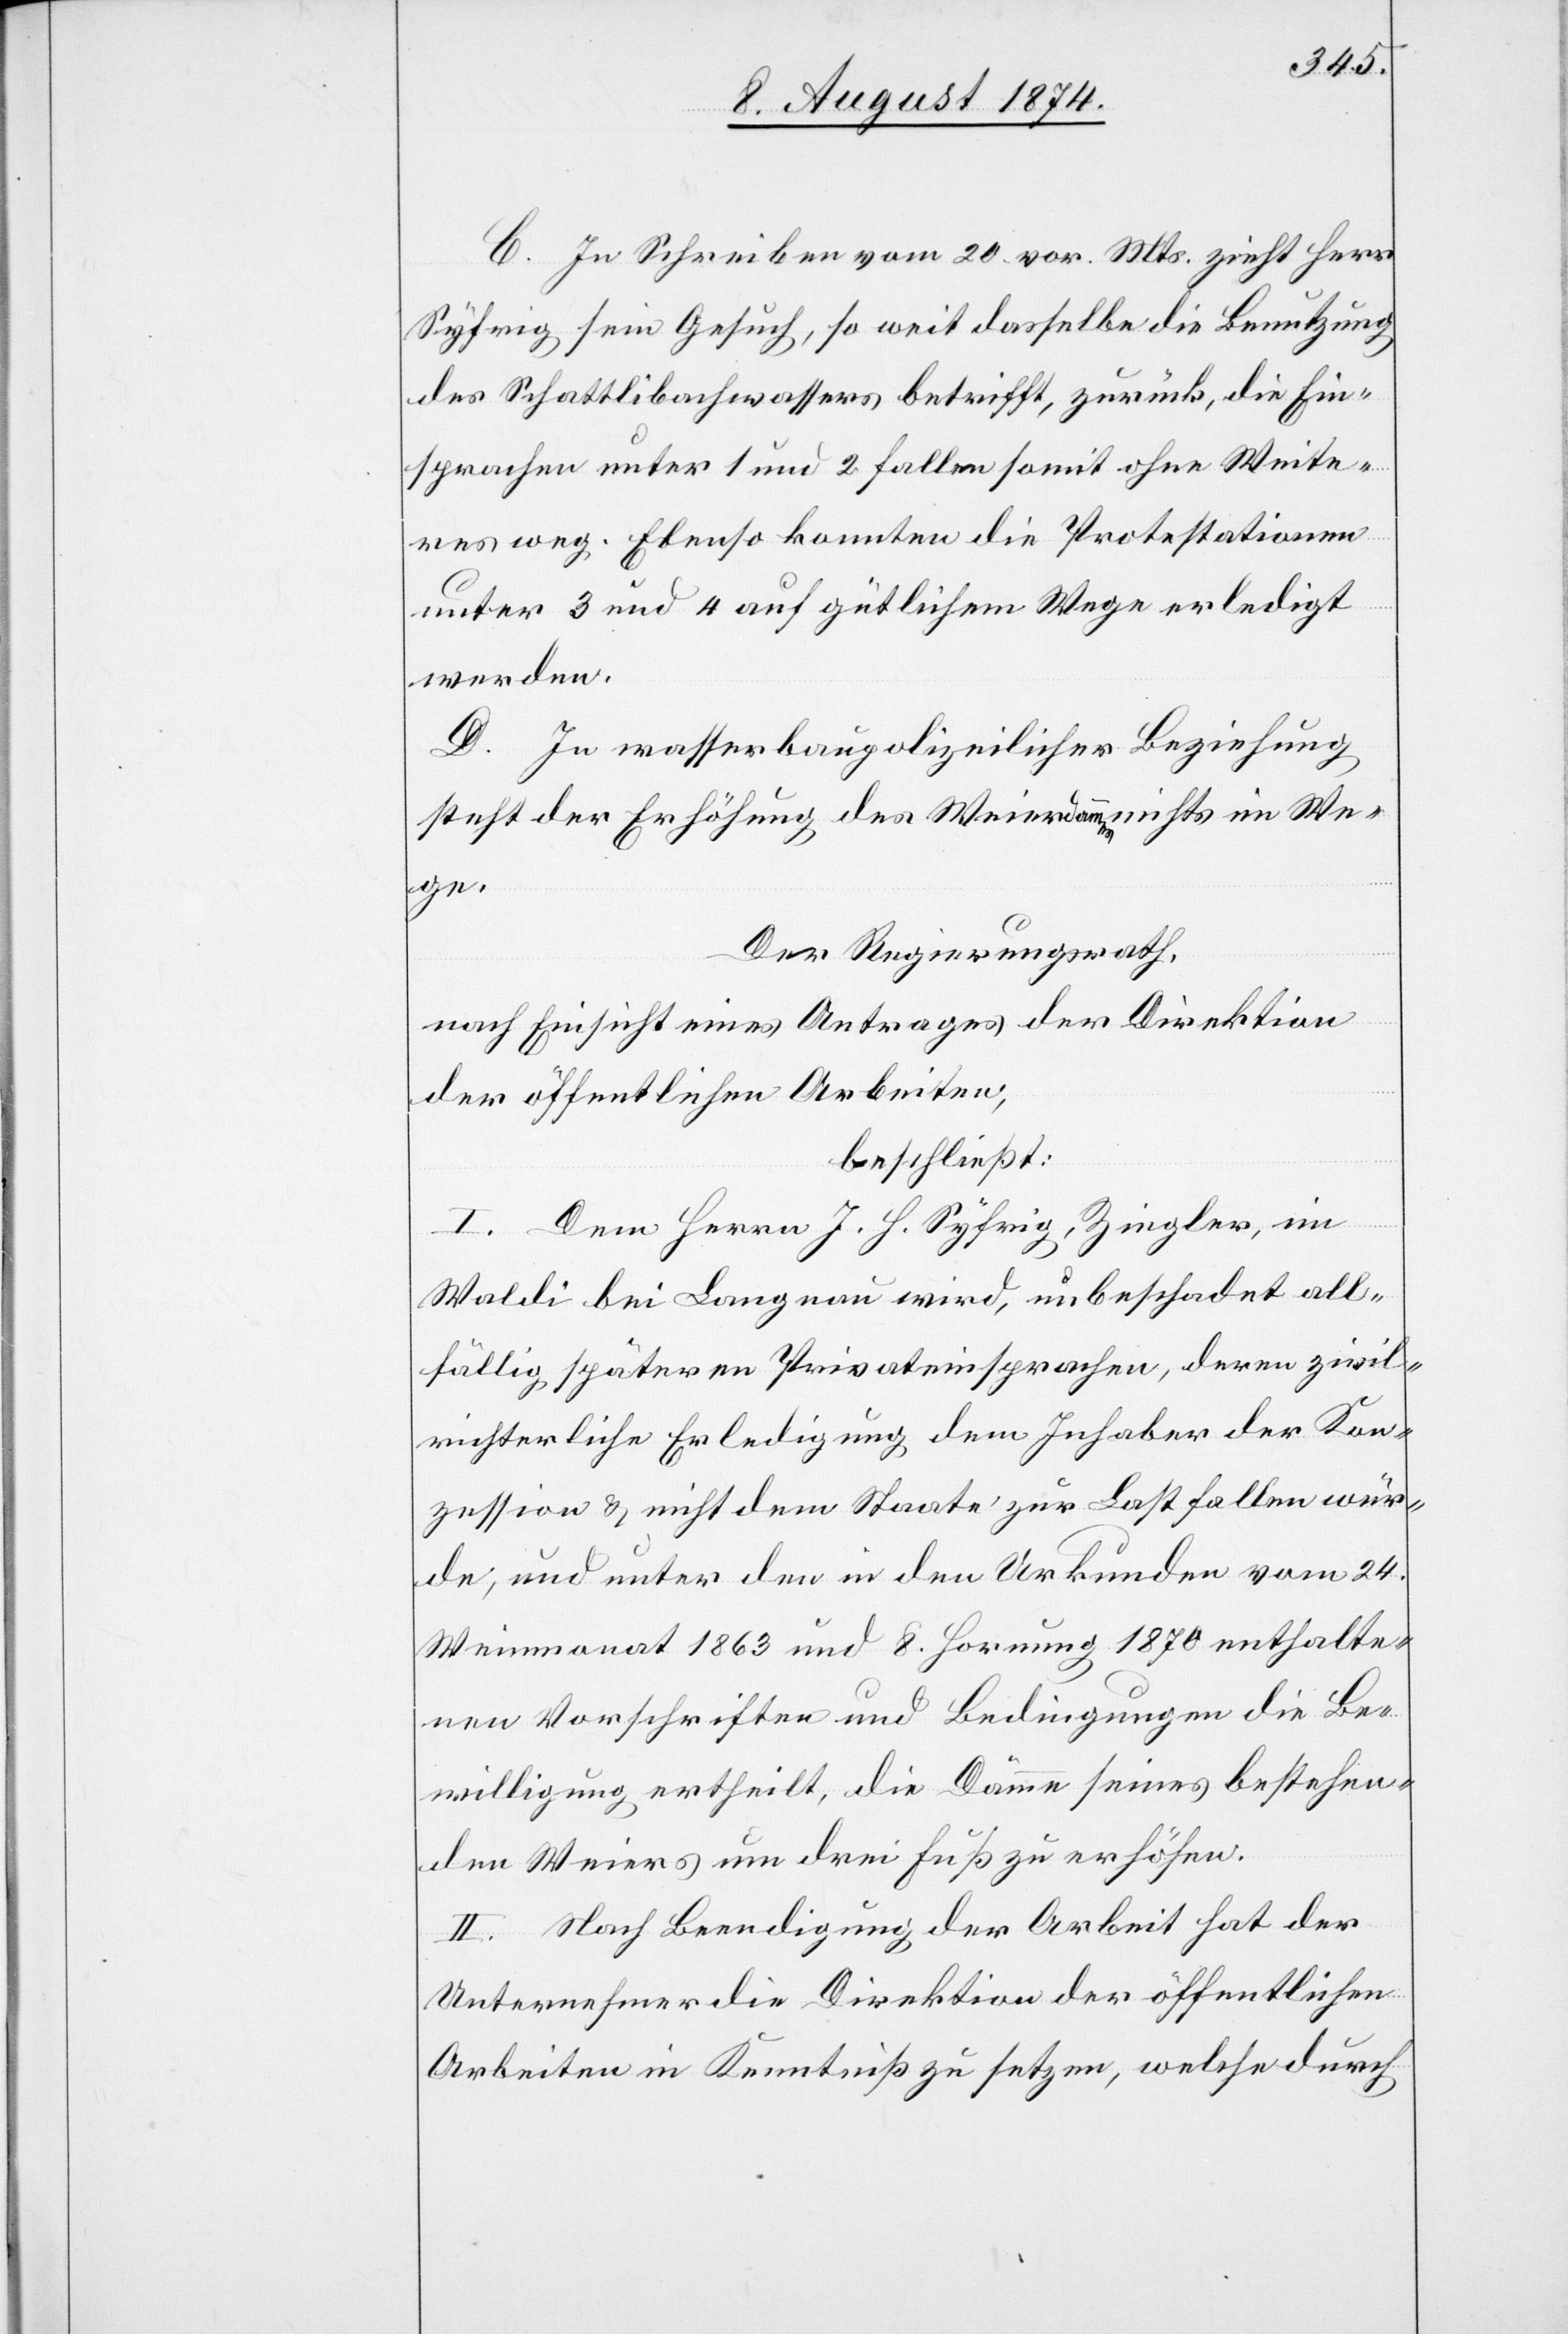
C. In Schreiben vom 20. vor. Mts. zieht Herr
Syfrig sein Gesuch, so weit dasselbe die Benutzung
des Schattlibachwassers betrifft, zurück, die Ein¬
sprachen unter 1 und 2 fallen somit ohne Weite¬
res weg. Ebenso konnten die Protestationen
unter 3 und 4 auf gütlichem Wege erledigt
werden.
D. In wasserbaupolizeilicher Beziehung
steht der Erhöhung des Weierdammes nichts im We¬
ge.
Der Regierungsrath,
nach Einsicht eines Antrages der Direktion
der öffentlichen Arbeiten,
beschließt:
I. Dem Herrn J. H. Syfrig, Ziegler, im
Waldi bei Langnau wird, unbeschadet all¬
fällig späteren Privateinsprachen, deren zivil¬
richterliche Erledigung dem Inhaber der Kon¬
zession u. nicht dem Staate zur Last fallen wür¬
de, und unter den in den Urkunden vom 24.
Weinmonat 1863 und 8. Hornung 1870 enthalte¬
nen Vorschriften und Bedingungen die Be¬
willigung ertheilt, die Dämme seines bestehen¬
den Weiers um drei Fuß zu erhöhen.
II. Nach Beendigung der Arbeit hat der
Unternehmer die Direktion der öffentlichen
Arbeiten in Kenntniß zu setzen, welche durch